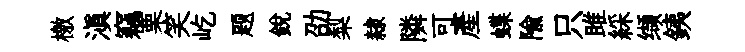
檄滇竊栗笑屹题銳劭梨隸隣可産蝶隃只雎綵缬銕